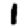
Digit: 1